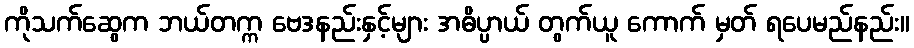
ကိုသက်ဆွေက ဘယ်တက္က ဗေဒနည်းနှင့်များ အဓိပ္ပာယ် တွက်ယူ ကောက် မှတ် ရပေမည်နည်း။